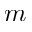
m